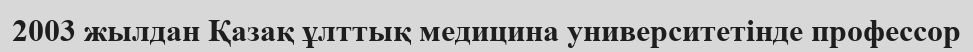
2003 жылдан Қазақ ұлттық медицина университетінде профессор